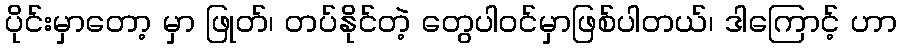
ပိုင်းမှာတော့ မှာ ဖြုတ်၊ တပ်နိုင်တဲ့ တွေပါဝင်မှာဖြစ်ပါတယ်၊ ဒါကြောင့် ဟာ